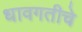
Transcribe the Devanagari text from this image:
धावगतीचे